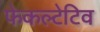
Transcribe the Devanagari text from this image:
फेकल्टेटिव